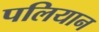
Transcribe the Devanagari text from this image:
पलियान